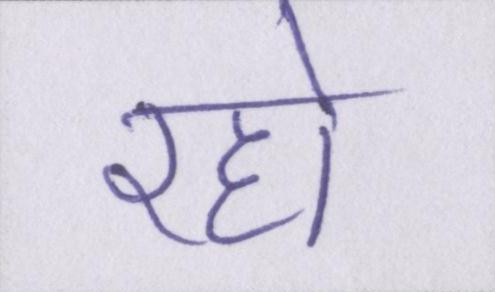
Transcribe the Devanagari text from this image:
रहो